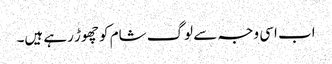
اب اسی وجہ سے لوگ شام کو چھوڑ رہے ہیں۔